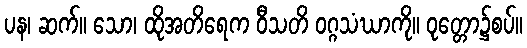
ပန၊ ဆက်။ သော၊ ထိုအတိရေက ဝီသတိ ဝဂ္ဂသံဃာကို။ ဝုတ္တော၌စပ်။